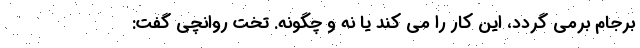
برجام برمی گردد، این کار را می کند یا نه و چگونه. تخت روانچی گفت: